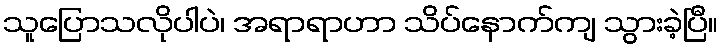
သူပြောသလိုပါပဲ၊ အရာရာဟာ သိပ်နောက်ကျ သွားခဲ့ပြီ။